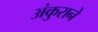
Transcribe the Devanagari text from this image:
अंकुराने